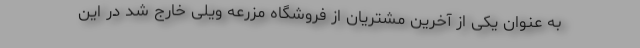
به عنوان یکی از آخرین مشتریان از فروشگاه مزرعه ویلی خارج شد در این